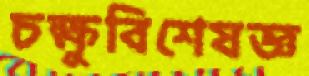
চক্ষুবিশেষজ্ঞ